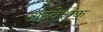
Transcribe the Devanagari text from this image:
अन्वेशक